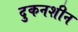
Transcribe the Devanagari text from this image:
दुकनशीन